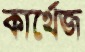
কার্থেজ